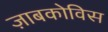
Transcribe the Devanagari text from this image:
ज़ाबकोविस